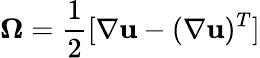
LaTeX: \mathbf{\Omega}=\frac 12[\nabla\mathbf{u}-(\nabla\mathbf{u})^{T}]